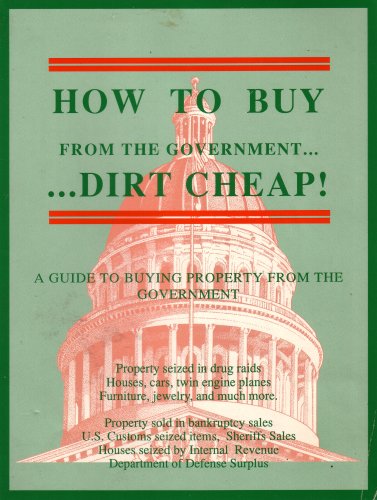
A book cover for how to Buy from the Government...dirt Cheap; James Madison Jr.; Engineering & Transportation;